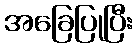
အခြေပြုပြီး